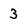
Character: 3